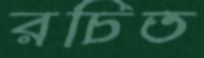
রচিত